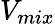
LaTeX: V_{mix}